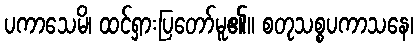
ပကာသေမိ၊ ထင်ရှားပြတော်မူ၏။ စတုသစ္စပကာသနေ၊